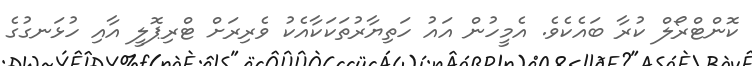
ކޮންޓްރޯލް ކުރާ ބައެކެވެ. އެމީހުން އައު ހަތިޔާރުތަކަކާއެކު ވެރިރަށް ޓްރިޕޮލީ އާއި ހުޅަނގުގެ